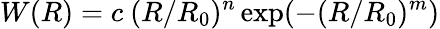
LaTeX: W(R)=c~(R/R_{0})^{n}\exp(-(R/R_{0})^{m})